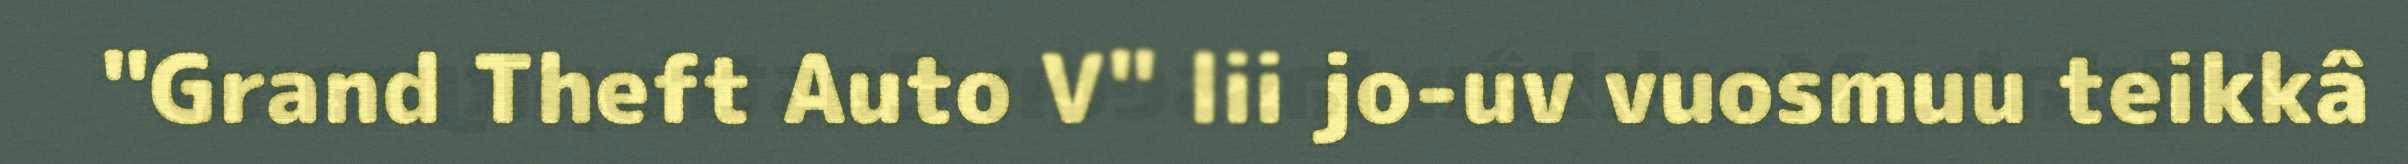
"Grand Theft Auto V" lii jo-uv vuosmuu teikkâ